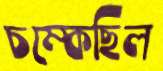
চম্‌কেছিল